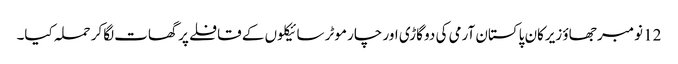
12 نومبر جھاؤ زیرکان پاکستان آرمی کی دو گاڑی اور چار موٹر سائیکلوں کے قافلے پر گھات لگاکر حملہ کیا۔